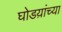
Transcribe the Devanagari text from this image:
घोडय़ांच्या